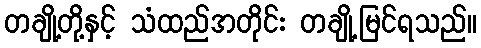
တချို့တို့နှင့် သံထည်အတိုင်း တချို့မြင်ရသည်။